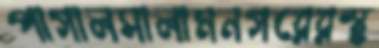
পাগালসালামনগরেরস্থ